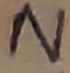
Text: N